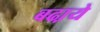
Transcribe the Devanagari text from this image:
बढा़ये